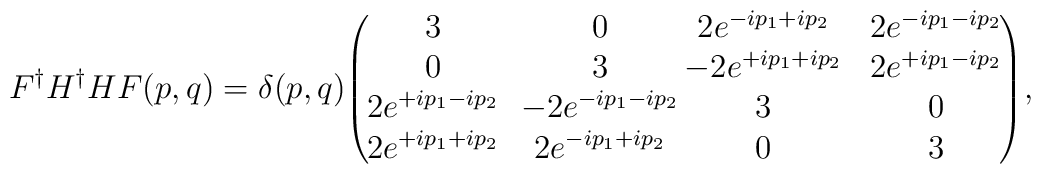
F^\dagger H^\dagger H F (p,q) = \delta(p,q)\!\left(\!\!\!\begin{array}{cccc} 3 & \! 0 & \!\!\!\!2 e^{-ip_1 + ip_2} &  2 e^{-ip_1 - ip_2}   \\ 0 & \! 3 & \!\!\!\! -2 e^{+ip_1 + ip_2}  & 2 e^{+ip_1 - ip_2} \\ 2 e^{+ip_1 - ip_2} & \! -2 e^{-ip_1 - ip_2} &  \!\!\!\!3 &  0 \\ 2 e^{+ip_1 + ip_2} &\! 2 e^{-ip_1 + ip_2} & \!\!\!\! 0 &  3   \end{array}\!\!\! \right)\!,